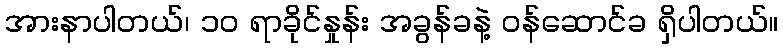
အားနာပါတယ်၊ ၁၀ ရာခိုင်နှုန်း အခွန်ခနဲ့ ဝန်ဆောင်ခ ရှိပါတယ်။